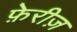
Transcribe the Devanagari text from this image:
फ़ेरीज़